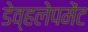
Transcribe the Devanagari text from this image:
डेव्हलेपमेंट